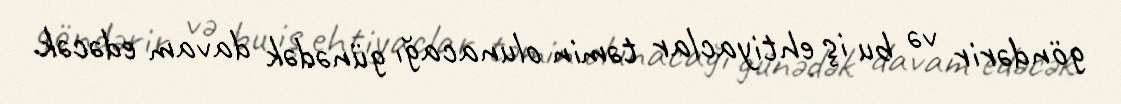
göndərir və bu iş ehtiyaclar təmin olunacağı günədək davam edəcək.